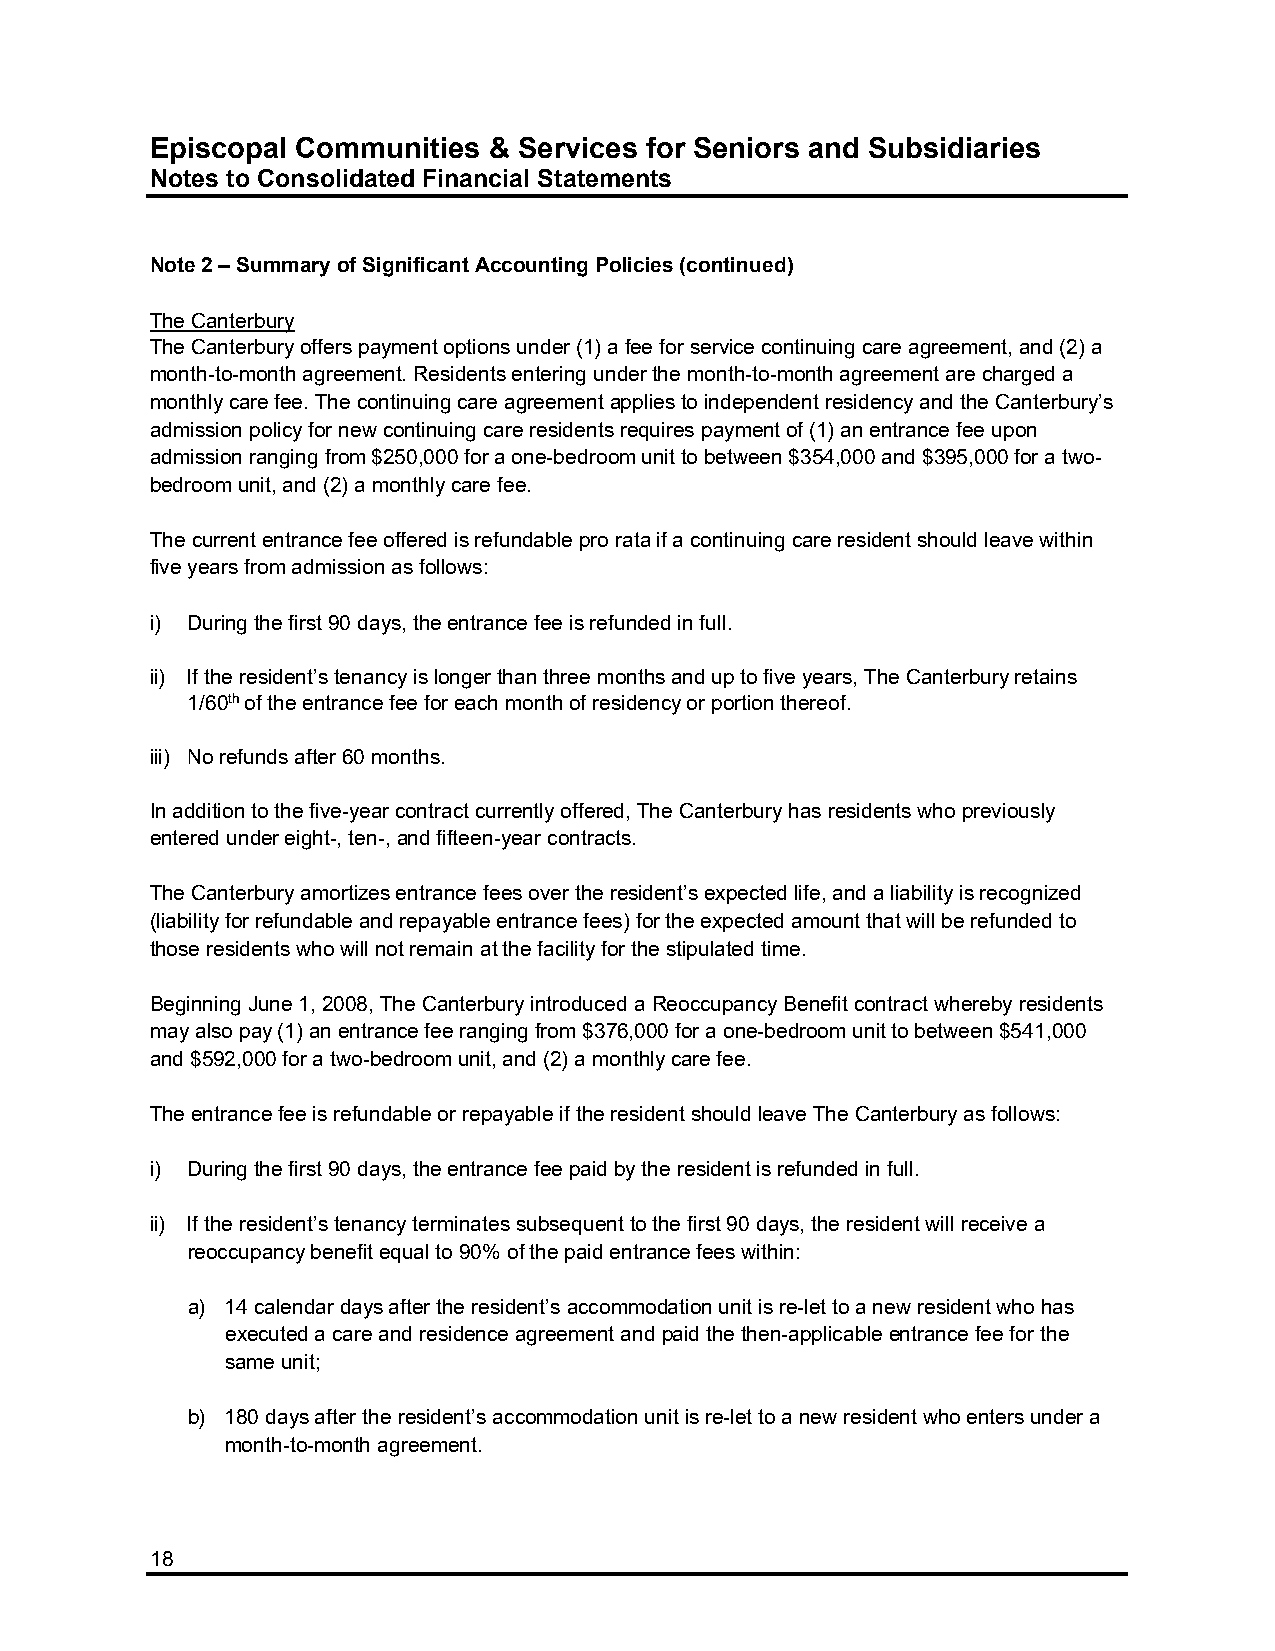
Episcopal Communities & Services for Seniors and Subsidiaries
 Notes to Consolidated Financial Statements
 Note 2 – Summary of Significant Accounting Policies (continued)
 The Canterbury
 The Canterbury offers payment options under (1) a fee for service continuing care agreement, and (2) a
 month-to-month agreement. Residents entering under the month-to-month agreement are charged a
 monthly care fee. The continuing care agreement applies to independent residency and the Canterbury’s
 admission policy for new continuing care residents requires payment of (1) an entrance fee upon
 admission ranging from $250,000 for a one-bedroom unit to between $354,000 and $395,000 for a two-
 bedroom unit, and (2) a monthly care fee.
 The current entrance fee offered is refundable pro rata if a continuing care resident should leave within
 five years from admission as follows:
 i) During the first 90 days, the entrance fee is refunded in full.
 ii) If the resident’s tenancy is longer than three months and up to five years, The Canterbury retains
 1/60th of the entrance fee for each month of residency or portion thereof.
 iii) No refunds after 60 months.
 In addition to the five-year contract currently offered, The Canterbury has residents who previously
 entered under eight-, ten-, and fifteen-year contracts.
 The Canterbury amortizes entrance fees over the resident’s expected life, and a liability is recognized
 (liability for refundable and repayable entrance fees) for the expected amount that will be refunded to
 those residents who will not remain at the facility for the stipulated time.
 Beginning June 1, 2008, The Canterbury introduced a Reoccupancy Benefit contract whereby residents
 may also pay (1) an entrance fee ranging from $376,000 for a one-bedroom unit to between $541,000
 and $592,000 for a two-bedroom unit, and (2) a monthly care fee.
 The entrance fee is refundable or repayable if the resident should leave The Canterbury as follows:
 i) During the first 90 days, the entrance fee paid by the resident is refunded in full.
 ii) If the resident’s tenancy terminates subsequent to the first 90 days, the resident will receive a
 reoccupancy benefit equal to 90% of the paid entrance fees within:
 a) 14 calendar days after the resident’s accommodation unit is re-let to a new resident who has
 executed a care and residence agreement and paid the then-applicable entrance fee for the
 same unit;
 b) 180 days after the resident’s accommodation unit is re-let to a new resident who enters under a
 month-to-month agreement.
 18